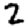
Digit: 2